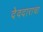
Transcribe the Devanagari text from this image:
देवदाराचा